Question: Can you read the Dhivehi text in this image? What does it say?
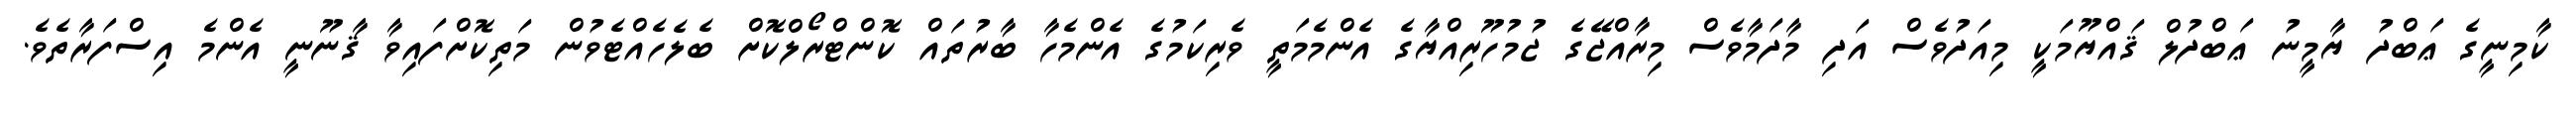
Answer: ކާމިނީގެ ޢަބްދު ޔާމީނު ޢަބްދުލް ޤައްޔޫމަކީ މިއަދުވެސް އަދި މާދަމާވެސް މިރާއްޖޭގެ ޖުމުހޫރިއްޔާގެ އެންމެމަތީ ވެރިކަމުގެ އެންމެހާ ބާރުތައް ކޮންޓްރޯލްކޮށް ބެލެހެއްޓެވުން މަތިކޮށްފައިވާ ޤާނޫނީ އެންމެ އިސްފަރާތެވެ.